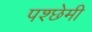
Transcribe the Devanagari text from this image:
पश्छेमी